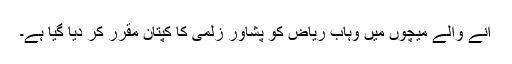
آنے والے میچوں میں وہاب ریاض کو پشاور زلمی کا کپتان مقرر کر دیا گیا ہے۔